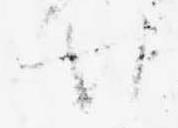
廿